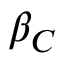
\beta _ { C }